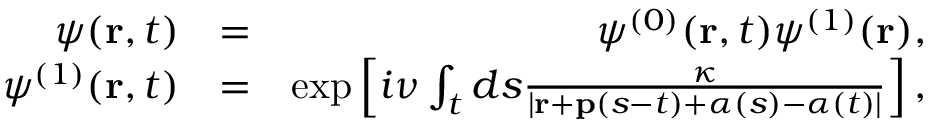
\begin{array} { r l r } { \psi ( \mathbf { r } , t ) } & { = } & { \psi ^ { ( 0 ) } ( \mathbf { r } , t ) \psi ^ { ( 1 ) } ( \mathbf { r } ) , } \\ { \psi ^ { ( 1 ) } ( \mathbf { r } , t ) } & { = } & { \exp \left[ i \nu \int _ { t } d s \frac { \kappa } { | \mathbf { r } + \mathbf { p } ( s - t ) + \boldsymbol { \alpha } ( s ) - \boldsymbol { \alpha } ( t ) | } \right] , } \end{array}